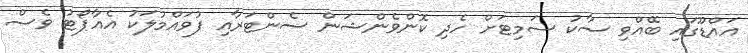
އައްޑޫގައި ބޭއްވި ސާކު ސަމިޓަށް ހެދި ކޮންވެންޝަން ސެންޓަރާއި ފުވައްމުލަކު އެއާޕޯޓު ވެސް